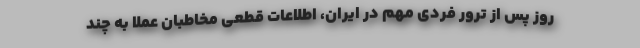
روز پس از ترور فردی مهم در ایران، اطلاعات قطعی مخاطبان عملا به چند